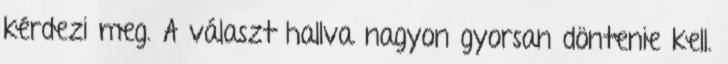
kérdezi meg. A választ hallva nagyon gyorsan döntenie kell.